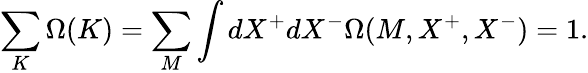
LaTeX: \sum_{K}\Omega(K)=\sum_{M}\int dX^{+}dX^{-}\Omega(M,X^{+},X^{-})=1.